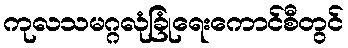
ကုလသမဂ္ဂလုံခြုံရေးကောင်စီတွင်